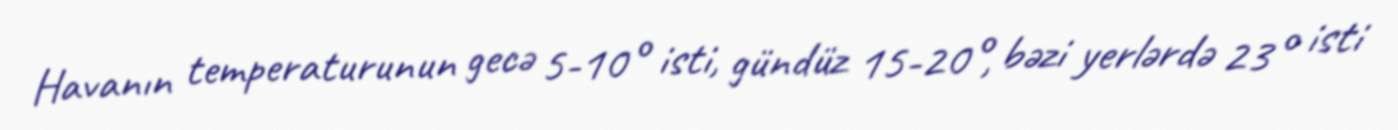
Havanın temperaturunun gecə 5-10° isti, gündüz 15-20°, bəzi yerlərdə 23° isti